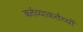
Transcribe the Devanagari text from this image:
कर्तव्याकर्तव्यों